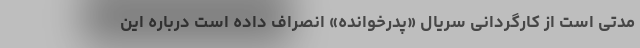
مدتی است از کارگردانی سریال «پدرخوانده» انصراف داده است درباره این